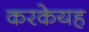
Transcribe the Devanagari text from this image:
करकेयह